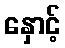
နှောင့်